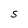
Character: S